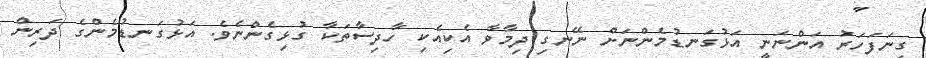
ގިނަފަހަރު އަންނަނީ އަޅުގަނޑުމެންނަށް ނޭނގި ދިމާވާ އެކިއެކި ހާދިސާތަކާ ގުޅިގެންނެވެ. އަޅުގަނޑުމެންގެ ދަރިން